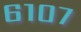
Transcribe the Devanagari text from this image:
६१०७